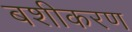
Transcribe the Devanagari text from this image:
बशीकरण